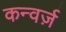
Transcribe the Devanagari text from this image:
कन्वर्ज़